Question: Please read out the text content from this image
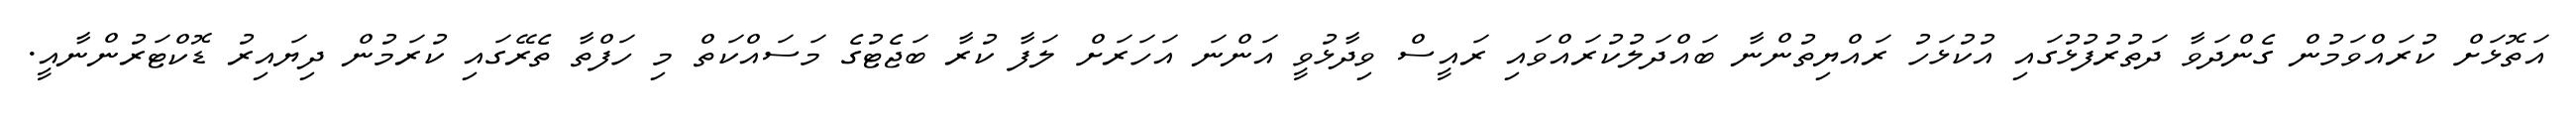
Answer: އަތޮޅަށް ކުރައްވަމުން ގެންދަވާ ދަތުރުފުޅުގައި އުކުޅަހު ރައްޔިތުންނާ ބައްދަލުކުރައްވައި ރައީސް ވިދާޅުވީ އަންނަ އަހަރަށް ލަފާ ކުރާ ބަޖެޓުގެ މަސައްކަތް މި ހަފްތާ ތެރޭގައި ކުރަމުން ދިޔައިރު ޑޮކްޓަރުންނާއީ.